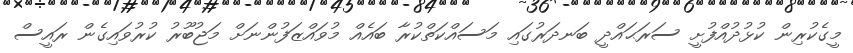
މީގެކުރިން ކުޅުދުއްފުށީ ސަރަޙައްދީ ބަނދަރުގައި މަސައްކަތްކުރާ ބައެއް މުވައްޒަފުންނަށް މަޖުބޫރު ކުރުވައިގެން ރައީސް